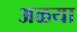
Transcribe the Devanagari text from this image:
अळया